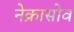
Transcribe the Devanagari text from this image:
नेक्रासोव